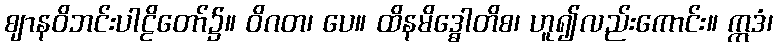
ဈာနဝိဘင်းပါဠိတော်၌။ ဝိဂတ၊ ပေ။ ထိနမိဒ္ဓေါတိစ၊ ဟူ၍လည်းကောင်း။ ဣဒံ၊